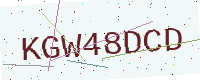
Text: KGW48DCD